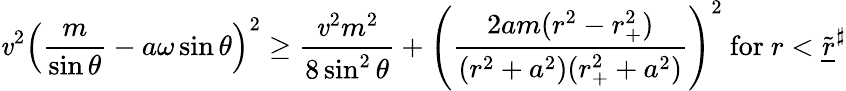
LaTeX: \mathit{v}^{2}\left(\frac{{m}}{{\sin\theta}}-a\omega\sin\theta\right)^{2}\geq\frac{{\mathit{v}^{2}m^{2}}}{{8\sin^{2}\theta}}+\left(\frac{{2am(r^{2}-r_{+}^{2})}}{{(r^{2}+a^{2})(r_{+}^{2}+a^{2})}}\right)^{2}\mathrm{{~for~}}r<\widetilde{{\underline{{{r}}}}}^{\sharp}